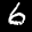
Label: 6